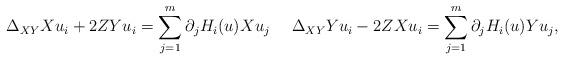
LaTeX: \begin{align*}\Delta_{XY} Xu_i + 2Z Yu_i =\sum_{j=1}^m \partial_j H_i(u) X u_j \ \ \ \ \Delta_{XY} Yu_i - 2Z Xu_i = \sum_{j=1}^m \partial_j H_i(u) Y u_j , \end{align*}